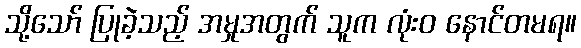
သို့သော် ပြုခဲ့သည့် အမှုအတွက် သူက လုံးဝ နောင်တမရ။